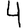
Digit: 4